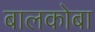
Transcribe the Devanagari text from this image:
बालकोबा